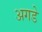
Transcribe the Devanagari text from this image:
अगडे